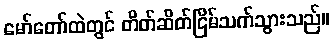
မော်တော်ထဲတွင် တိတ်ဆိတ်ငြိမ်သက်သွားသည်။